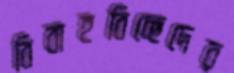
বিবাহবিচ্ছেদের